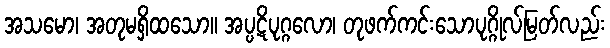
အသမော၊ အတုမရှိထသော။ အပ္ပဋိပုဂ္ဂလော၊ တုဖက်ကင်းသောပုဂ္ဂိုလ်မြတ်လည်း